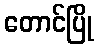
တောင်ပြို